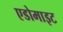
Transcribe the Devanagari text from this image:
एडोमाइट